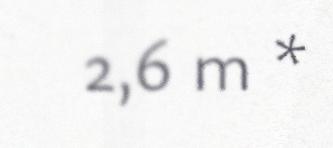
2,6 m *